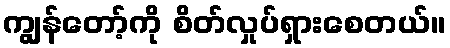
ကျွန်တော့်ကို စိတ်လှုပ်ရှားစေတယ်။